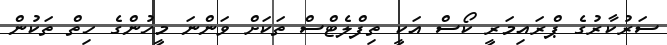
ސަރުކާރުގެ ޕްރައިމަރީ ކޯސް އަކީ ތިފްލެޓްސް ތަކަށް ވަންނަ މީހުންގެ ހިތް ތަކުން